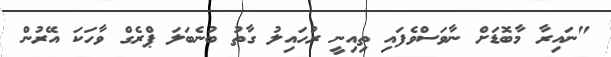
"ނައިރާ މާބޮޑަށް ނާވަސްވެފައި ތިއިނީ ރުހައިލު ގާތު ބުނެބަލަ ޕްރެގް ވާހަކަ އޭރުން